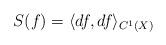
LaTeX: \begin{align*}S(f) = \langle df, df \rangle_{C^1(X)} \end{align*}